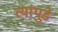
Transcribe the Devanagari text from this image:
त्यांपुढे